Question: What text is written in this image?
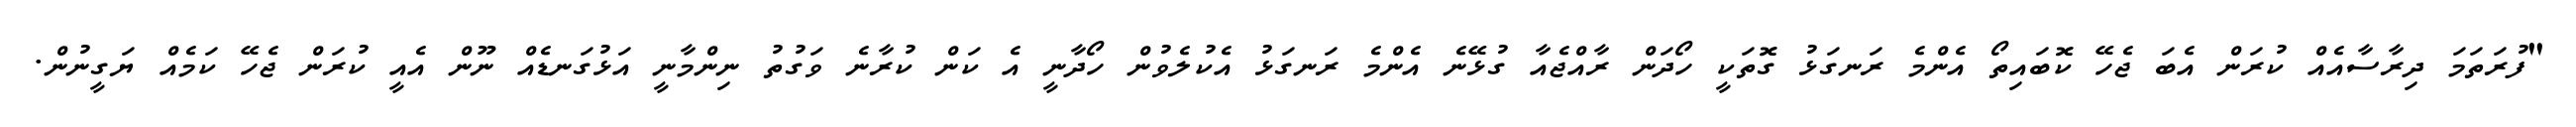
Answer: "ފުރަތަމަ ދިރާސާއެއް ކުރަން އެބަ ޖެހޭ ކޮބައިތޯ އެންމެ ރަނގަޅު ގޮތަކީ ހޯދަން ރާއްޖެއާ ގުޅޭނެ އެންމެ ރަނގަޅު އެކުލެވުން ހޯދާނީ އެ ކަން ކުރާނެ ވަގުތު ނިންމާނީ އަޅުގަނޑެއް ނޫން އެއީ ކުރަން ޖެހޭ ކަމެއް ޔަގީނުން.